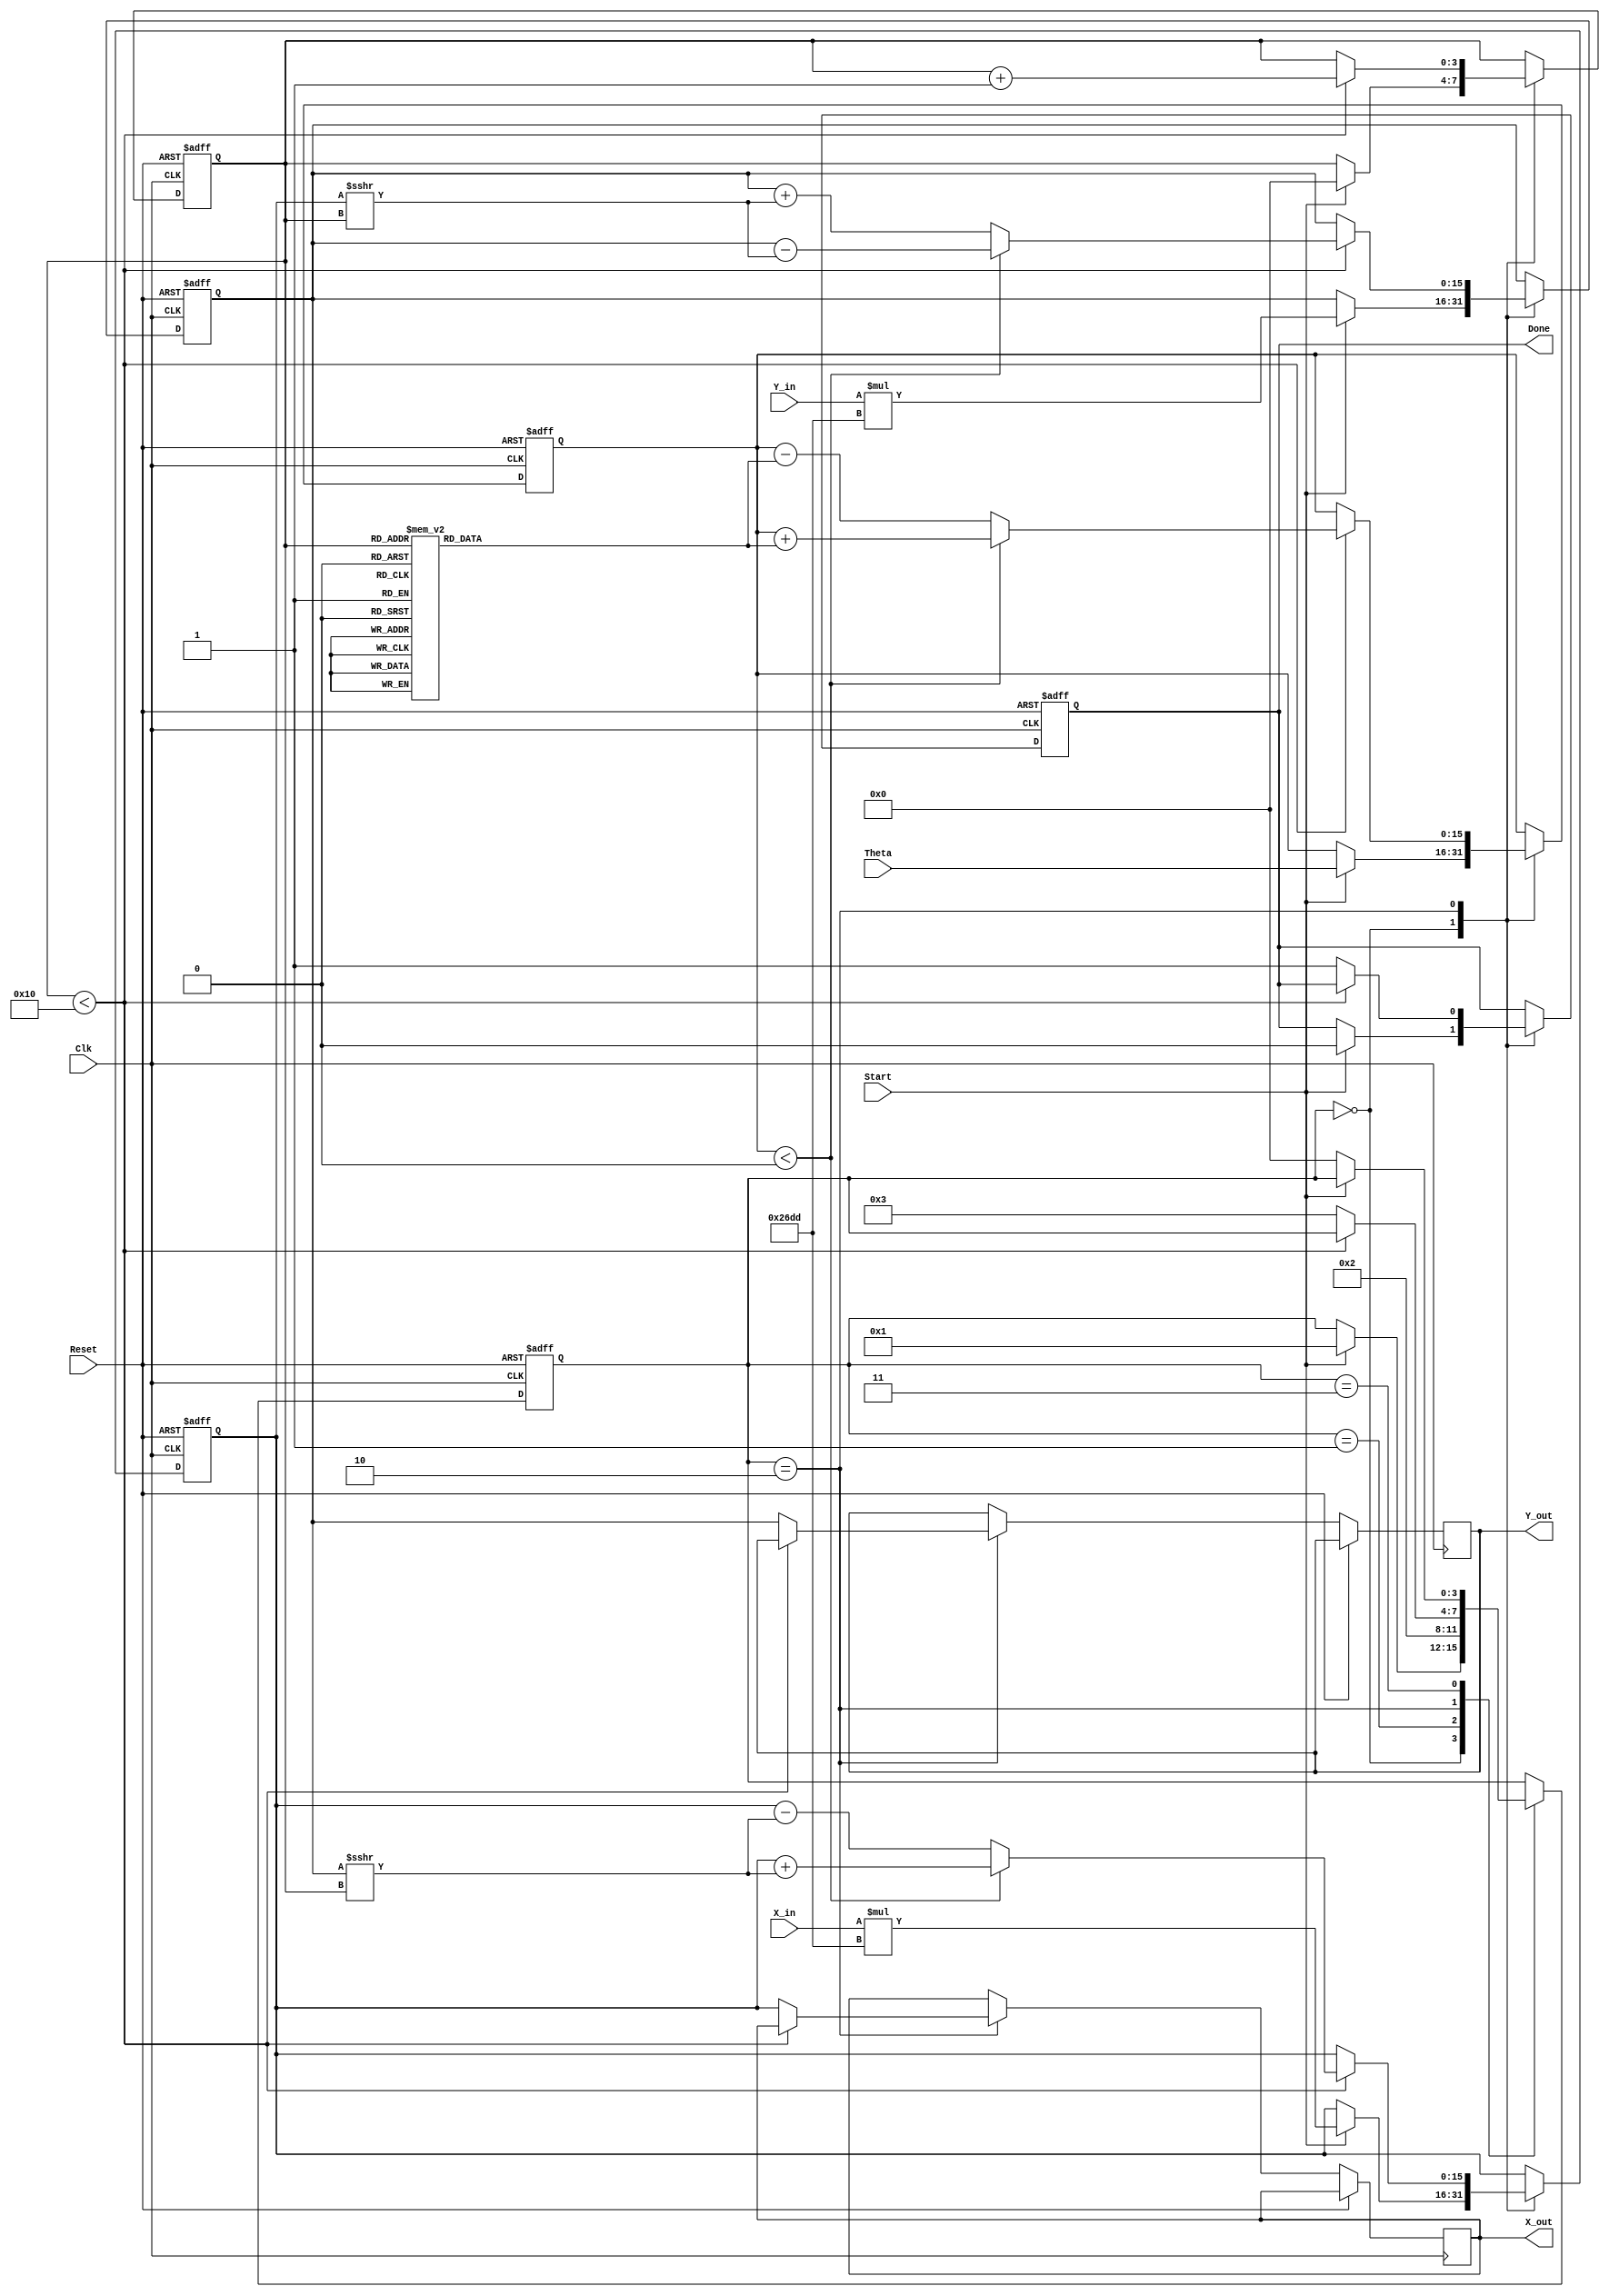
module cordic_rotational (
    input wire signed [15:0] X_in,      // Input vector X coordinate
    input wire signed [15:0] Y_in,      // Input vector Y coordinate
    input wire signed [15:0] Theta,     // Desired angle of rotation
    input wire Start,                   // Control signal to initiate computation
    input wire Clk,                     // Clock signal
    input wire Reset,                   // Asynchronous reset signal
    output reg signed [15:0] X_out,     // Output vector X coordinate
    output reg signed [15:0] Y_out,     // Output vector Y coordinate
    output reg Done                     // Signal indicating completion
);

    // Internal registers
    reg signed [15:0] X_reg;
    reg signed [15:0] Y_reg;
    reg signed [15:0] Z_reg;
    reg [3:0] Iteration_count;           // Counter for iterations
    reg [3:0] state;                     // State variable for FSM

    // CORDIC gain compensation constant (K)
    parameter signed [15:0] K = 16'h26DD; // Approximation of K = 0.6072 in fixed-point

    // Lookup table for arctangent values (atan(2^-i))
    reg signed [15:0] atan_lut [0:15]; // LUT for atan(2^-i)
    
    initial begin
        // Initialize the arctangent LUT
        atan_lut[0] = 16'h2000; // atan(1) = 45 degrees in fixed-point
        atan_lut[1] = 16'h1666; // atan(0.5) = 26.565 degrees
        atan_lut[2] = 16'h0D89; // atan(0.25) = 14.036 degrees
        atan_lut[3] = 16'h0A3D; // atan(0.125) = 7.125 degrees
        atan_lut[4] = 16'h0519; // atan(0.0625) = 3.125 degrees
        atan_lut[5] = 16'h0289; // atan(0.03125) = 1.563 degrees
        atan_lut[6] = 16'h0145; // atan(0.015625) = 0.781 degrees
        atan_lut[7] = 16'h00A2; // atan(0.0078125) = 0.390 degrees
        atan_lut[8] = 16'h0051; // atan(0.00390625) = 0.195 degrees
        atan_lut[9] = 16'h0028; // atan(0.001953125) = 0.098 degrees
        atan_lut[10] = 16'h0014; // atan(0.0009765625) = 0.049 degrees
        atan_lut[11] = 16'h000A; // atan(0.00048828125) = 0.025 degrees
        atan_lut[12] = 16'h0005; // atan(0.000244140625) = 0.012 degrees
        atan_lut[13] = 16'h0003; // atan(0.0001220703125) = 0.006 degrees
        atan_lut[14] = 16'h0002; // atan(0.00006103515625) = 0.003 degrees
        atan_lut[15] = 16'h0001; // atan(0.000030517578125) = 0.001 degrees
    end

    // State encoding
    localparam IDLE = 2'b00, INIT = 2'b01, ITERATE = 2'b10, DONE = 2'b11;

    // Sequential logic for state machine
    always @(posedge Clk or posedge Reset) begin
        if (Reset) begin
            X_reg <= 0;
            Y_reg <= 0;
            Z_reg <= 0;
            Iteration_count <= 0;
            state <= IDLE;
            Done <= 0;
        end else begin
            case (state)
                IDLE: begin
                    if (Start) begin
                        // Initialize registers
                        X_reg <= X_in * K; // Apply gain compensation
                        Y_reg <= Y_in * K; // Apply gain compensation
                        Z_reg <= Theta;
                        Iteration_count <= 0;
                        state <= INIT;
                        Done <= 0;
                    end
                end
                
                INIT: begin
                    // Begin iterations
                    state <= ITERATE;
                end
                
                ITERATE: begin
                    if (Iteration_count < 16) begin
                        // CORDIC iteration logic
                        if (Z_reg < 0) begin
                            // Rotate clockwise
                            X_reg <= X_reg + (Y_reg >>> Iteration_count);
                            Y_reg <= Y_reg - (X_reg >>> Iteration_count);
                            Z_reg <= Z_reg + atan_lut[Iteration_count];
                        end else begin
                            // Rotate counterclockwise
                            X_reg <= X_reg - (Y_reg >>> Iteration_count);
                            Y_reg <= Y_reg + (X_reg >>> Iteration_count);
                            Z_reg <= Z_reg - atan_lut[Iteration_count];
                        end
                        Iteration_count <= Iteration_count + 1;
                    end else begin
                        // Finished iterations
                        X_out <= X_reg;
                        Y_out <= Y_reg;
                        Done <= 1;
                        state <= DONE;
                    end
                end
                
                DONE: begin
                    if (!Start) begin
                        state <= IDLE; // Go back to idle state
                    end
                end
            endcase
        end
    end
endmodule